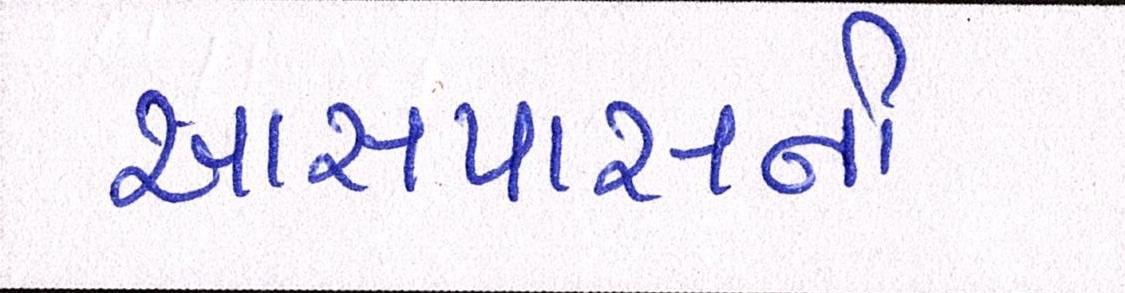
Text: આસપાસની